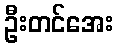
ဦးတင်အေး